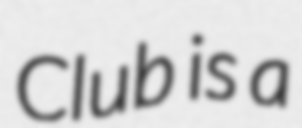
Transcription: Club is a